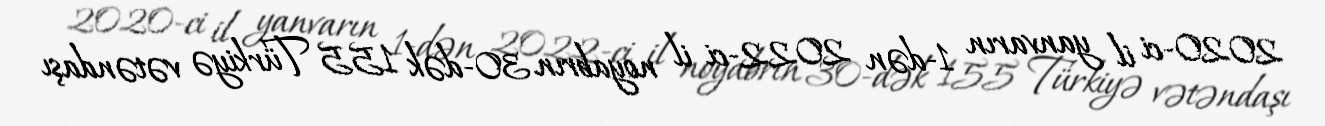
2020-ci il yanvarın 1-dən 2022-ci il noyabrın 30-dək 155 Türkiyə vətəndaşı